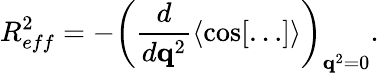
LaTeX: R_{eff}^{2}=-\left(\frac{d}{d{\mathbf q}^{2}}\langle\cos[\ldots]\rangle\right)_{{\mathbf q}^{2}=0}.